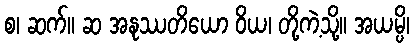
စ၊ ဆက်။ ဆ အနုဿတိယော ဝိယ၊ တို့ကဲ့သို့။ အယမ္ပိ၊